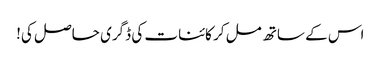
اس کے ساتھ مل کر کائنات کی ڈگری حاصل کی!